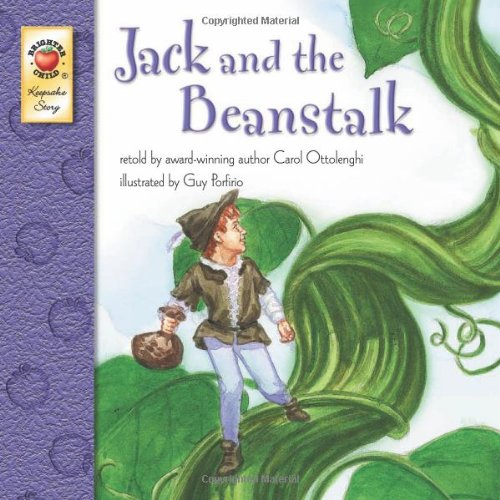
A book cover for Jack and the Beanstalk; Carol Ottolenghi; Children's Books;